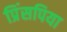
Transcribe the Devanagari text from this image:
प्रिंसपिया